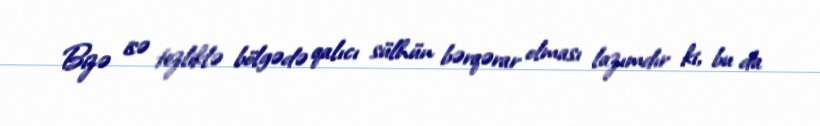
Bizə isə tezliklə bölgədə qalıcı sülhün bərqərar olması lazımdır ki, bu da